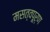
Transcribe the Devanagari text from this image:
मसत्वपूर्ण